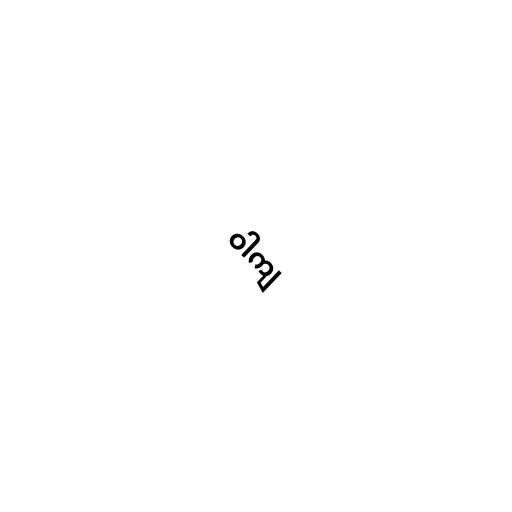
ဝါကျ